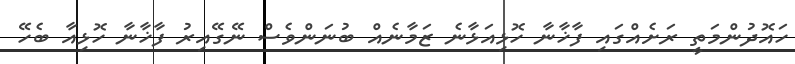
ހައޮދުންމަތީ ރަށެއްގައި ފާޚާނާ ހޮޅިއަޅާނެ ޒަމާނެއް ބުނަންވެސް ނޭގޭއިރު ފާޚާނާ ހޮޅިއާ ބެހޭ